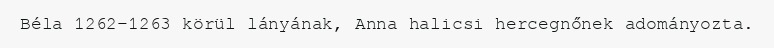
Béla 1262–1263 körül lányának, Anna halicsi hercegnőnek adományozta.